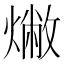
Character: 𤏰